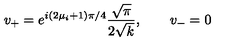
v _ { + } = e ^ { i ( 2 \mu _ { i } + 1 ) \pi / 4 } { \frac { \sqrt { \pi } } { 2 \sqrt { k } } } , \qquad v _ { - } = 0 \,